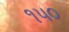
૧પ૦